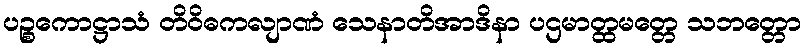
ပဉ္စကောဋ္ဌာသံ တိဝိဓကလျာဏံ သေနာတိအာဒိနာ ပဌမာတ္ထမတ္တေ သဘတ္တော